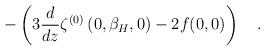
\begin{align*}-\left(3{d \over dz}\zeta^{(0)}\left(0,\beta_H,0 \right)-2f(0,0)\right)~~~.\end{align*}